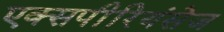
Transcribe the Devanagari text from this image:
एक्‍सपीरियंसेज